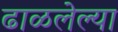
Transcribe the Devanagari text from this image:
ढाळलेल्या